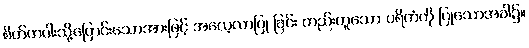
စိတ်တပါးသို့ပြောင်းသောအားဖြင့် အလေ့လာပြု ခြင်း တည်းဟူသော ပရိကံကို ပြုသောအခါ၌။